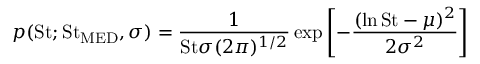
p ( \mathrm { S t } ; \mathrm { S t } _ { \mathrm { M E D } } , \sigma ) = \frac { 1 } { \mathrm { S t } \sigma ( 2 \pi ) ^ { 1 / 2 } } \exp \left[ - \frac { ( \ln \mathrm { S t } - \mu ) ^ { 2 } } { 2 \sigma ^ { 2 } } \right]